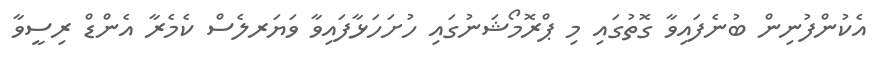
އެކުންފުނިން ބުނެފައިވާ ގޮތުގައި މި ޕްރޮމޯޝަނުގައި ހުށަހަޅާފައިވާ ވަޔަރލެސް ކެމެރާ އެންޑް ރިސީވާ